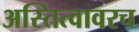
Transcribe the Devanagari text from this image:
अस्तित्वावरच